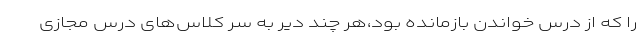
را که از درس خواندن بازمانده بود،هر چند دیر به سر کلاس‌های درس مجازی